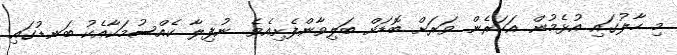
މި ހާލުގައި އުޅެމުން އަަހަރެން ވަރަށް ބޮޑަށް ބަލިވާންފެށިއެވެ. ނުފިލާ ކެއްސުމަކާއެކު ބަނޑުގައި